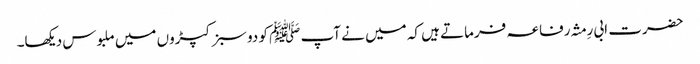
حضرت ابی رِمثہ رفاعہ فرماتے ہیں کہ میں نے آپ ﷺ کو دو سبز کپڑوں میں ملبوس دیکھا۔